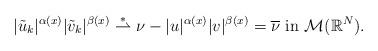
LaTeX: \begin{align*} |\tilde{u}_k|^{\alpha(x)}|\tilde{v}_k|^{\beta(x)} \overset{\ast}{\rightharpoonup} \nu - |u|^{\alpha(x)}|v|^{\beta(x)}= \overline{\nu} \mbox{ in } \mathcal{M}(\mathbb{R}^{N}). \end{align*}